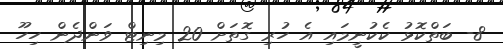
8- ބަތްކޮޅު ކެކުނީމައި އެ ހުރި ގޮތަށް 20 މިނިޓް ވަންދެން ހިހޫ